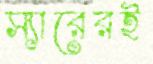
স্যারেরই